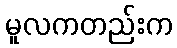
မူလကတည်းက